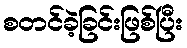
စတင်ခဲ့ခြင်းဖြစ်ပြီး